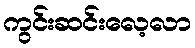
ကွင်းဆင်းလေ့လာ